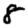
Digit: 8